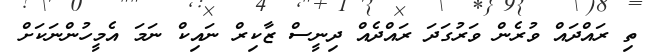
ތި ރައްދައް ވުރެން ވަރުގަދަ ރައްދެއް ދިނީސް ޒާކިރް ނައިކް ނަމަ އެމީހުންނަކަށް